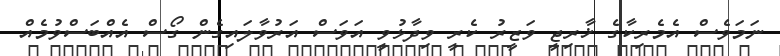
ނަމަވެސް އެމެރިކާގެ ޚާރިޖީ ވަޒީރު ކެރީ ވިދާޅުވީ އަވަސް އަރުވާލައިގެން ގޯސް އެއްބަސްވުމެއް